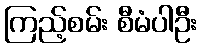
ကြည့်စမ်း စီမံပါဦး